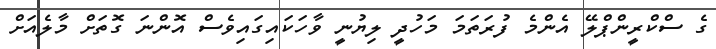
ގެ ސްކްރީންޕްލޭ އެންމެ ފުރަތަމަ މަހުދީ ލިޔުނީ ވާހަކައިގައިވެސް އޮންނަ ގޮތަށް މާލެއަށް